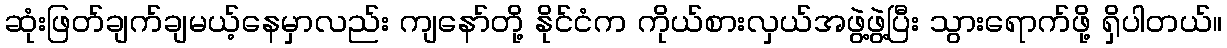
ဆုံးဖြတ်ချက်ချမယ့်နေမှာလည်း ကျနော်တို့ နိုင်ငံက ကိုယ်စားလှယ်အဖွဲ့ဖွဲ့ပြီး သွားရောက်ဖို့ ရှိပါတယ်။